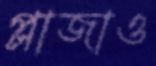
প্লাজাও